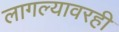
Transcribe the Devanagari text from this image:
लागल्यावरही